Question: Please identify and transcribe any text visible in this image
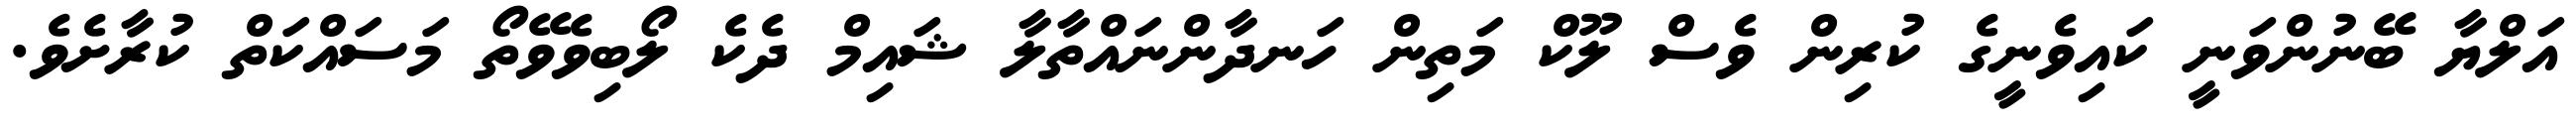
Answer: އަލްޔާ ބޭނުންވަނީ ކައިވެނީގެ ކުރިން ވެސް ލޫކް މަތިން ހަނދާންނައްތާލާ ޝައިމް ދެކެ ލޯބިވެވޭތޯ މަސައްކަތް ކުރާށެވެ.